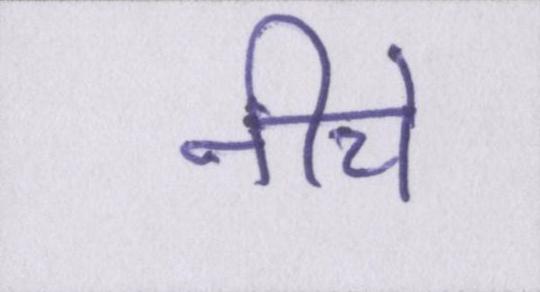
नीचे